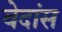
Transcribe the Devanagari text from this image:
वेदांस